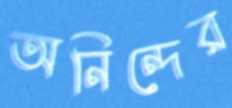
অনিন্দের